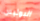
البوليس